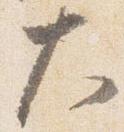
大